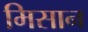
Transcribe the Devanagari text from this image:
मिसान